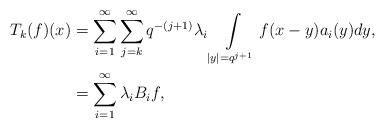
LaTeX: \begin{align*} T_k(f)(x) & = \sum\limits_{i=1}^{\infty}\sum\limits_{j = k }^{\infty }q^{-(j+1)}\lambda_i \int\limits_{|y| =q^{j+1}} f(x-y) a_i(y)dy, \\ & = \sum\limits_{i=1}^{\infty} \lambda_i B_if,\end{align*}